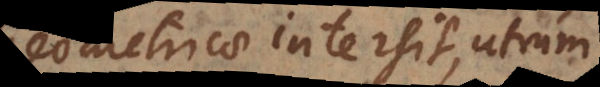
Geometricae intersit, utrum